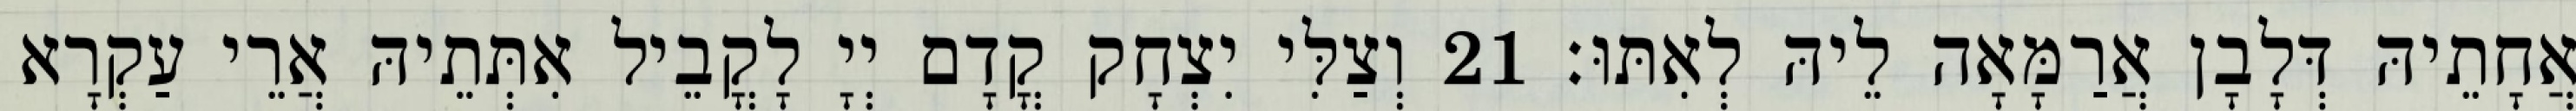
אֲחָתֵיהּ דְּלָבָן אֲרַמָּאָה לֵיהּ לְאִתּוּ׃ 21 וְצַלִּי יִצְחָק קֳדָם יְיָ לָקֳבֵיל אִתְּתֵיהּ אֲרֵי עַקְרָא